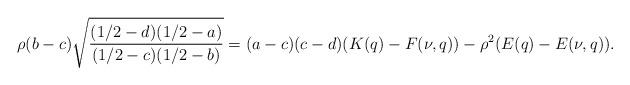
LaTeX: \begin{align*}\rho(b-c)\sqrt{\frac{(1/2-d)(1/2-a)}{(1/2-c)(1/2-b)}} =(a-c)(c-d)(K(q)-F(\nu,q))-\rho^2(E(q)-E(\nu,q)).\end{align*}